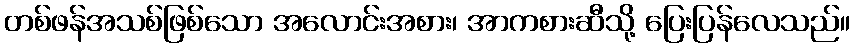
တစ်ဖန်အသစ်ဖြစ်သော အလောင်းအစား၊ အာကစားဆီသို့ ပြေးပြန်လေသည်။